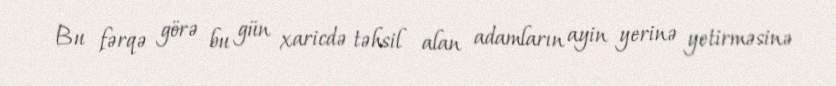
Bu fərqə görə bu gün xaricdə təhsil alan adamların ayin yerinə yetirməsinə